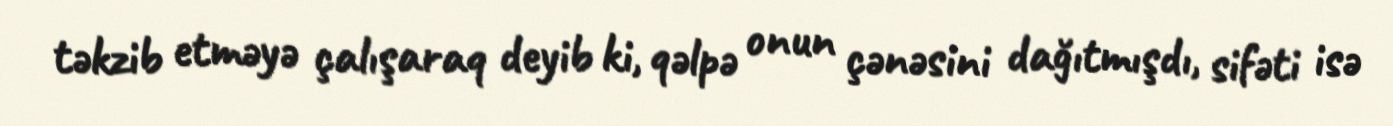
təkzib etməyə çalışaraq deyib ki, qəlpə onun çənəsini dağıtmışdı, sifəti isə